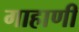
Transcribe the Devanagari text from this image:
गाहाणी